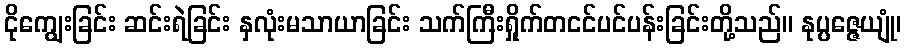
ငိုကျွေးခြင်း ဆင်းရဲခြင်း နှလုံးမသာယာခြင်း သက်ကြီးရှိုက်တငင်ပင်ပန်းခြင်းတို့သည်။ နုပ္ပဇ္ဇေယျုံ၊